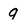
Character: 9